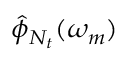
\hat { \phi } _ { N _ { t } } ( \omega _ { m } )